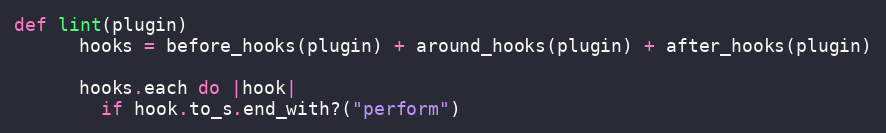
Language: Ruby
def lint(plugin)
      hooks = before_hooks(plugin) + around_hooks(plugin) + after_hooks(plugin)

      hooks.each do |hook|
        if hook.to_s.end_with?("perform")